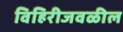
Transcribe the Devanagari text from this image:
विहिरीजवळील